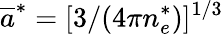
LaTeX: \overline{{a}}^{*}=[3/(4\pi n_{e}^{*})]^{1/3}